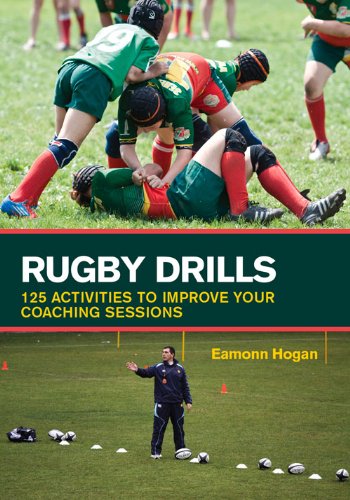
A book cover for Rugby Drills: 125 Activities to Improve Your Coaching Sessions; Eamonn Hogan; Sports & Outdoors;